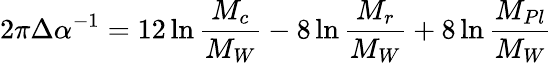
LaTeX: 2\pi\Delta\alpha^{-1}=12\ln\frac{M_{c}}{M_{W}}-8\ln\frac{M_{r}}{M_{W}}+8\ln\frac{M_{Pl}}{M_{W}}